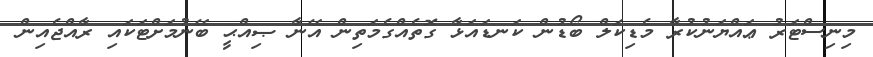
މިނިސްޓަރު ޢައްޔަނުކުރާ މެޑިކަލް ބޯޑުން ކަނޑައަޅާ ގޮތެއްގެމަތިން އޭނާ ޞިއްޙީ ބޭނުމަށްޓަކައި ރާއްޖެއިން